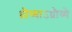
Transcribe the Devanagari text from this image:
ध्रौव्याऽध्रौव्ये